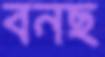
বনছ